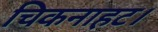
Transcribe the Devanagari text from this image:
चिकनाहट।